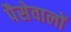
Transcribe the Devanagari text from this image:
पैसेवालों